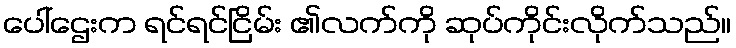
ပေါ်ဌေးက ရင်ရင်ငြိမ်း ၏လက်ကို ဆုပ်ကိုင်းလိုက်သည်။